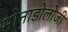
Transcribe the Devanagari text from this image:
मोनाडोलोजी